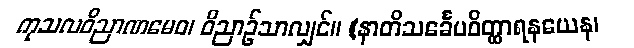
ကုသလဝိညာဏမေဝ၊ ဝိညာဉ်သာလျှင်။ (နာတိသင်္ခေပဝိတ္ထာရနယေန၊